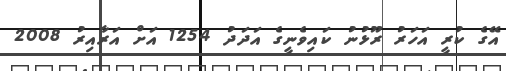
އޭގެ ކުރީ އަހަރު ރޫޅުނު ކައިވެނީގެ އަދަދު 1254 އަށް އަރާއިރު 2008